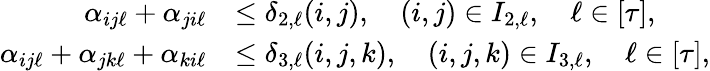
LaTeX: \begin{array}{rl}{\alpha_{ij\ell}+\alpha_{ji\ell}}&{\leq\delta_{2,\ell}(i,j),\quad(i,j)\in I_{2,\ell},\quad\ell\in[\tau],}\\ {\alpha_{ij\ell}+\alpha_{jk\ell}+\alpha_{ki\ell}}&{\leq\delta_{3,\ell}(i,j,k),\quad(i,j,k)\in I_{3,\ell},\quad\ell\in[\tau],}\end{array}